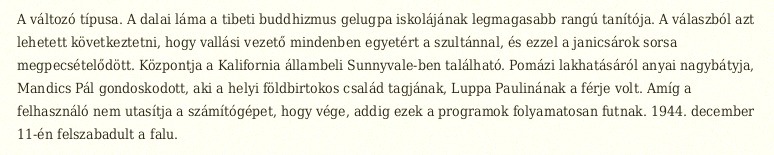
A változó típusa. A dalai láma a tibeti buddhizmus gelugpa iskolájának legmagasabb rangú tanítója. A válaszból azt lehetett következtetni, hogy vallási vezető mindenben egyetért a szultánnal, és ezzel a janicsárok sorsa megpecsételődött. Központja a Kalifornia állambeli Sunnyvale-ben található. Pomázi lakhatásáról anyai nagybátyja, Mandics Pál gondoskodott, aki a helyi földbirtokos család tagjának, Luppa Paulinának a férje volt. Amíg a felhasználó nem utasítja a számítógépet, hogy vége, addig ezek a programok folyamatosan futnak. 1944. december 11-én felszabadult a falu.